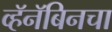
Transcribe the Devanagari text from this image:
व्हॅनॅबिनचा